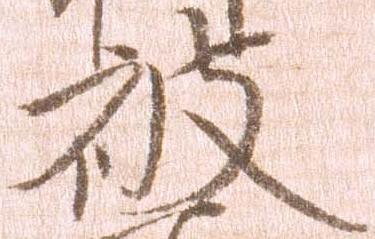
被